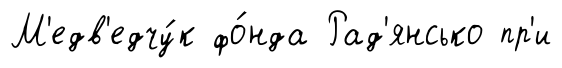
М'едв'едчу́к фо́нда Рад'янсько пр'и